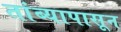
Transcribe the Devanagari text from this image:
तांब्यापासून